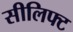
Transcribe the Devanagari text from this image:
सीलिफ्ट